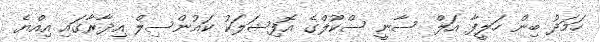
ހަމަދު ބިން ހަލީފާ އަލް ސާނީ ސްކޫލްގެ އޮފިޝަލަކު ކައުންސިލް އިދާރާގައި އިއްޔެ